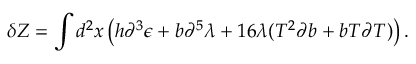
\delta Z = \int d ^ { 2 } x \left( h \partial ^ { 3 } \epsilon + b \partial ^ { 5 } \lambda + 1 6 \lambda ( T ^ { 2 } \partial b + b T \partial T ) \right) .